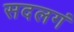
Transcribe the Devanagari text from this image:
सदलगं